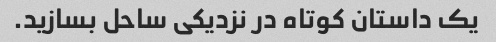
یک داستان کوتاه در نزدیکی ساحل بسازید.